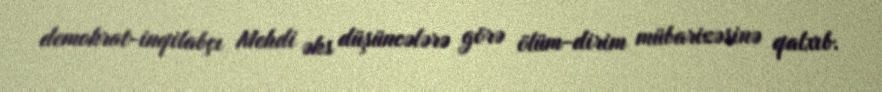
demokrat-inqilabçı Mehdi əks düşüncələrə görə ölüm-dirim mübarizəsinə qalxıb.